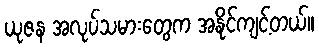
ယုဇန အလုပ်သမားတွေက အနိုင်ကျင့်တယ်။